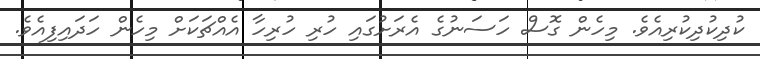
ކުދިކުދިކުރިއެވެ. މިހެން ގޮސް ހަސަނުގެ އެރަށުގައި ހުރި ހުރިހާ އެއްޗަކަށް މިހެން ހަދައިފިއެވެ.